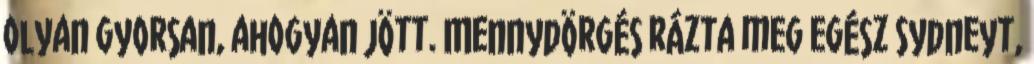
olyan gyorsan, ahogyan jött. Mennydörgés rázta meg egész Sydneyt,